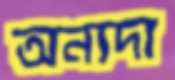
অন্যদা